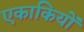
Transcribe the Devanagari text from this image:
एकाकियों